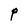
Character: P